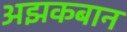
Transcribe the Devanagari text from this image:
अझकबान